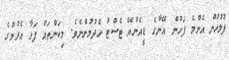
ފުލުހުން އެންމެ ފަހުން އޭނާގެ ޑީއެންއޭ ޓެސްޓު ހެދުމުންނެވެ. މިކަންތައް ފަޅާ އެރުމުގެ